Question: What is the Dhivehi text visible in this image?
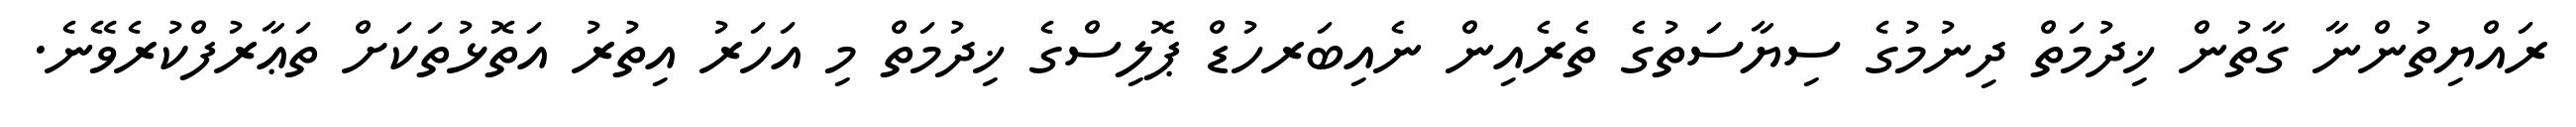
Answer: ރައްޔިތުންނާ ގާތުން ޚިދުމަތް ދިނުމުގެ ސިޔާސަތުގެ ތެރެއިން ނެއިބަރހުޑް ޕޮލިސްގެ ޚިދުމަތް މި އަހަރު އިތުރު އަތޮޅުތަކަށް ތަޢާރުފްކުރެވޭނެ.